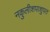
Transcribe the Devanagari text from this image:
नकुलीशपाशुपत